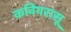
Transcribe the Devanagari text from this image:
कवियरासू